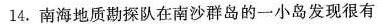
14.南海地质勘探队在南沙群岛的一小岛发现很有